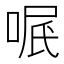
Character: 𠶩